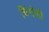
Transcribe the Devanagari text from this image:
चिंगोदी